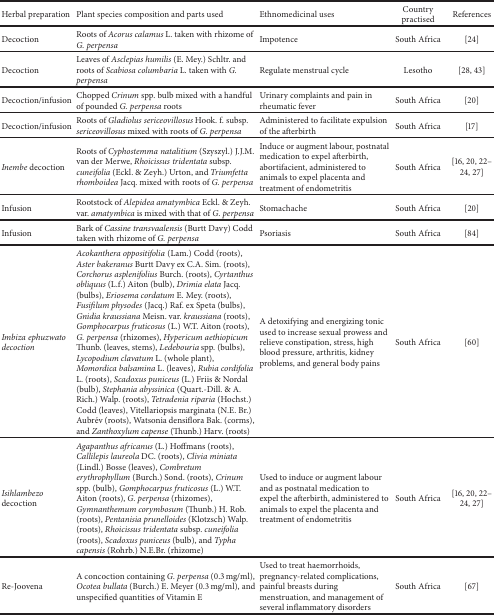
<table><thead><tr><td><b>Herbal preparation</b></td><td><b>Plant species composition and parts used</b></td><td><b>Ethnomedicinal uses</b></td><td><b>Country practised</b></td><td><b>References</b></td></tr></thead><tbody><tr><td>Decoction</td><td>Roots of <i>Acorus calamus</i> L. taken with rhizome of <i>G. perpensa</i></td><td>Impotence</td><td>South Africa</td><td>[24]</td></tr><tr><td>Decoction</td><td>Leaves of <i>Asclepias humilis</i> (E. Mey.) Schltr. and roots of <i>Scabiosa columbaria</i> L. taken with <i>G. perpensa</i></td><td>Regulate menstrual cycle</td><td>Lesotho</td><td>[28, 43]</td></tr><tr><td>Decoction/infusion</td><td>Chopped <i>Crinum</i> spp. bulb mixed with a handful of pounded <i>G. perpensa </i>roots</td><td>Urinary complaints and pain in rheumatic fever</td><td>South Africa</td><td>[20]</td></tr><tr><td>Decoction/infusion</td><td>Roots of <i>Gladiolus sericeovillosus</i> Hook. f. subsp. <i>sericeovillosus</i> mixed with roots of <i>G. perpensa</i></td><td>Administered to facilitate expulsion of the afterbirth</td><td>South Africa</td><td>[17]</td></tr><tr><td><i>Inembe </i>decoction</td><td>Roots of <i>Cyphostemma natalitium</i> (Szyszyl.) J.J.M. van der Merwe, <i>Rhoicissus tridentata</i> subsp. <i>cuneifolia </i>(Eckl. &amp; Zeyh.) Urton, and <i>Triumfetta rhomboidea</i> Jacq. mixed with roots of <i>G. perpensa</i></td><td>Induce or augment labour, postnatal medication to expel afterbirth, abortifacient, administered to animals to expel placenta and treatment of endometritis</td><td>South Africa</td><td>[16, 20, 22–24, 27]</td></tr><tr><td>Infusion</td><td>Rootstock of <i>Alepidea amatymbica </i>Eckl. &amp; Zeyh. var. <i>amatymbica </i>is mixed with that of <i>G. perpensa</i></td><td>Stomachache</td><td>South Africa</td><td>[20]</td></tr><tr><td>Infusion</td><td>Bark of <i>Cassine transvaalensis </i>(Burtt Davy) Codd taken with rhizome of <i>G. perpensa</i></td><td>Psoriasis</td><td>South Africa</td><td>[84]</td></tr><tr><td><i>Imbiza ephuzwato decoction</i></td><td><i>Acokanthera oppositifolia</i> (Lam.) Codd (roots), <i>Aster bakeranus</i> Burtt Davy ex C.A. Sim. (roots), <i>Corchorus asplenifolius </i>Burch. (roots), <i>Cyrtanthus obliquus</i> (L.f.) Aiton (bulb), <i>Drimia elata</i> Jacq. (bulbs), <i>Eriosema cordatum</i> E. Mey. (roots), <i>Fusifilum physodes</i> (Jacq.) Raf. ex Speta (bulbs), <i>Gnidia kraussiana</i> Meisn. var. <i>kraussiana</i> (roots), <i>Gomphocarpus fruticosus</i> (L.) W.T. Aiton (roots), <i>G. perpensa</i> (rhizomes), <i>Hypericum aethiopicum</i> Thunb. (leaves, stems), <i>Ledebouria </i>spp. (bulbs), <i>Lycopodium clavatum</i> L. (whole plant), <i>Momordica balsamina</i> L. (leaves), <i>Rubia cordifolia</i> L. (roots), <i>Scadoxus puniceus</i> (L.) Friis &amp; Nordal (bulb), <i>Stephania abyssinica</i> (Quart.-Dill. &amp; A. Rich.) Walp. (roots), <i>Tetradenia riparia</i> (Hochst.) Codd (leaves), Vitellariopsis marginata (N.E. Br.) Aubrév (roots), Watsonia densiflora Bak. (corms), and <i>Zanthoxylum capense</i> (Thunb.) Harv. (roots)</td><td>A detoxifying and energizing tonic used to increase sexual prowess and relieve constipation, stress, high blood pressure, arthritis, kidney problems, and general body pains</td><td>South Africa</td><td>[60]</td></tr><tr><td><i>Isihlambezo</i> decoction</td><td><i>Agapanthus africanus </i>(L.) Hoffmans (roots), <i>Callilepis laureola </i>DC. (roots), <i>Clivia miniata</i> (Lindl.) Bosse (leaves), <i>Combretum erythrophyllum </i>(Burch.) Sond. (roots), <i>Crinum</i> spp. (bulb), <i>Gomphocarpus fruticosus </i>(L.) W.T. Aiton (roots), <i>G. perpensa</i> (rhizomes), <i>Gymnanthemum corymbosum</i> (Thunb.) H. Rob. (roots), <i>Pentanisia prunelloides</i> (Klotzsch) Walp. (roots), <i>Rhoicissus tridentata </i>subsp. <i>cuneifolia</i> (roots), <i>Scadoxus puniceus</i> (bulb), and <i>Typha capensis </i>(Rohrb.) N.E.Br. (rhizome)</td><td>Used to induce or augment labour and as postnatal medication to expel the afterbirth, administered to animals to expel the placenta and treatment of endometritis</td><td>South Africa</td><td>[16, 20, 22–24, 27]</td></tr><tr><td>Re-Joovena</td><td>A concoction containing <i>G. perpensa</i> (0.3 mg/ml), <i>Ocotea bullata</i> (Burch.) E. Meyer (0.3 mg/ml), and unspecified quantities of Vitamin E</td><td>Used to treat haemorrhoids, pregnancy-related complications, painful breasts during menstruation, and management of several inflammatory disorders</td><td>South Africa</td><td>[67]</td></tr></tbody></table>